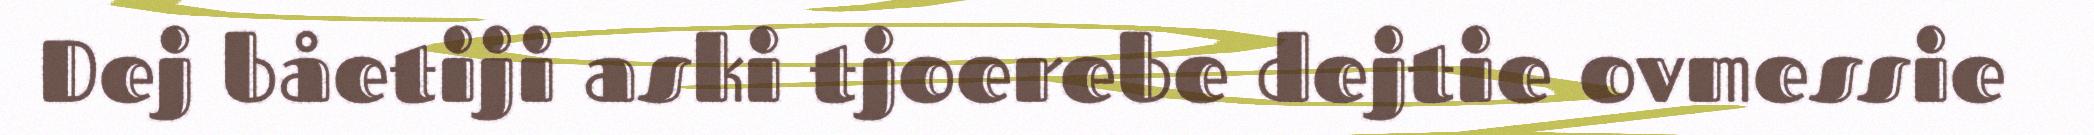
Dej båetiji aski tjoerebe dejtie ovmessie